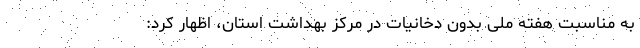
به مناسبت هفته ملی بدون دخانیات در مرکز بهداشت استان، اظهار کرد: